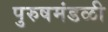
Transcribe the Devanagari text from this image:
पुरुषमंडळी